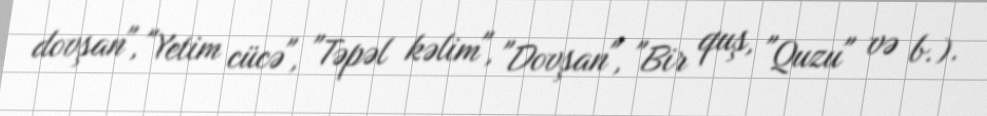
dovşan", "Yetim cücə", "Təpəl kəlim", "Dovşan", "Bir quş, "Quzu" və b.).